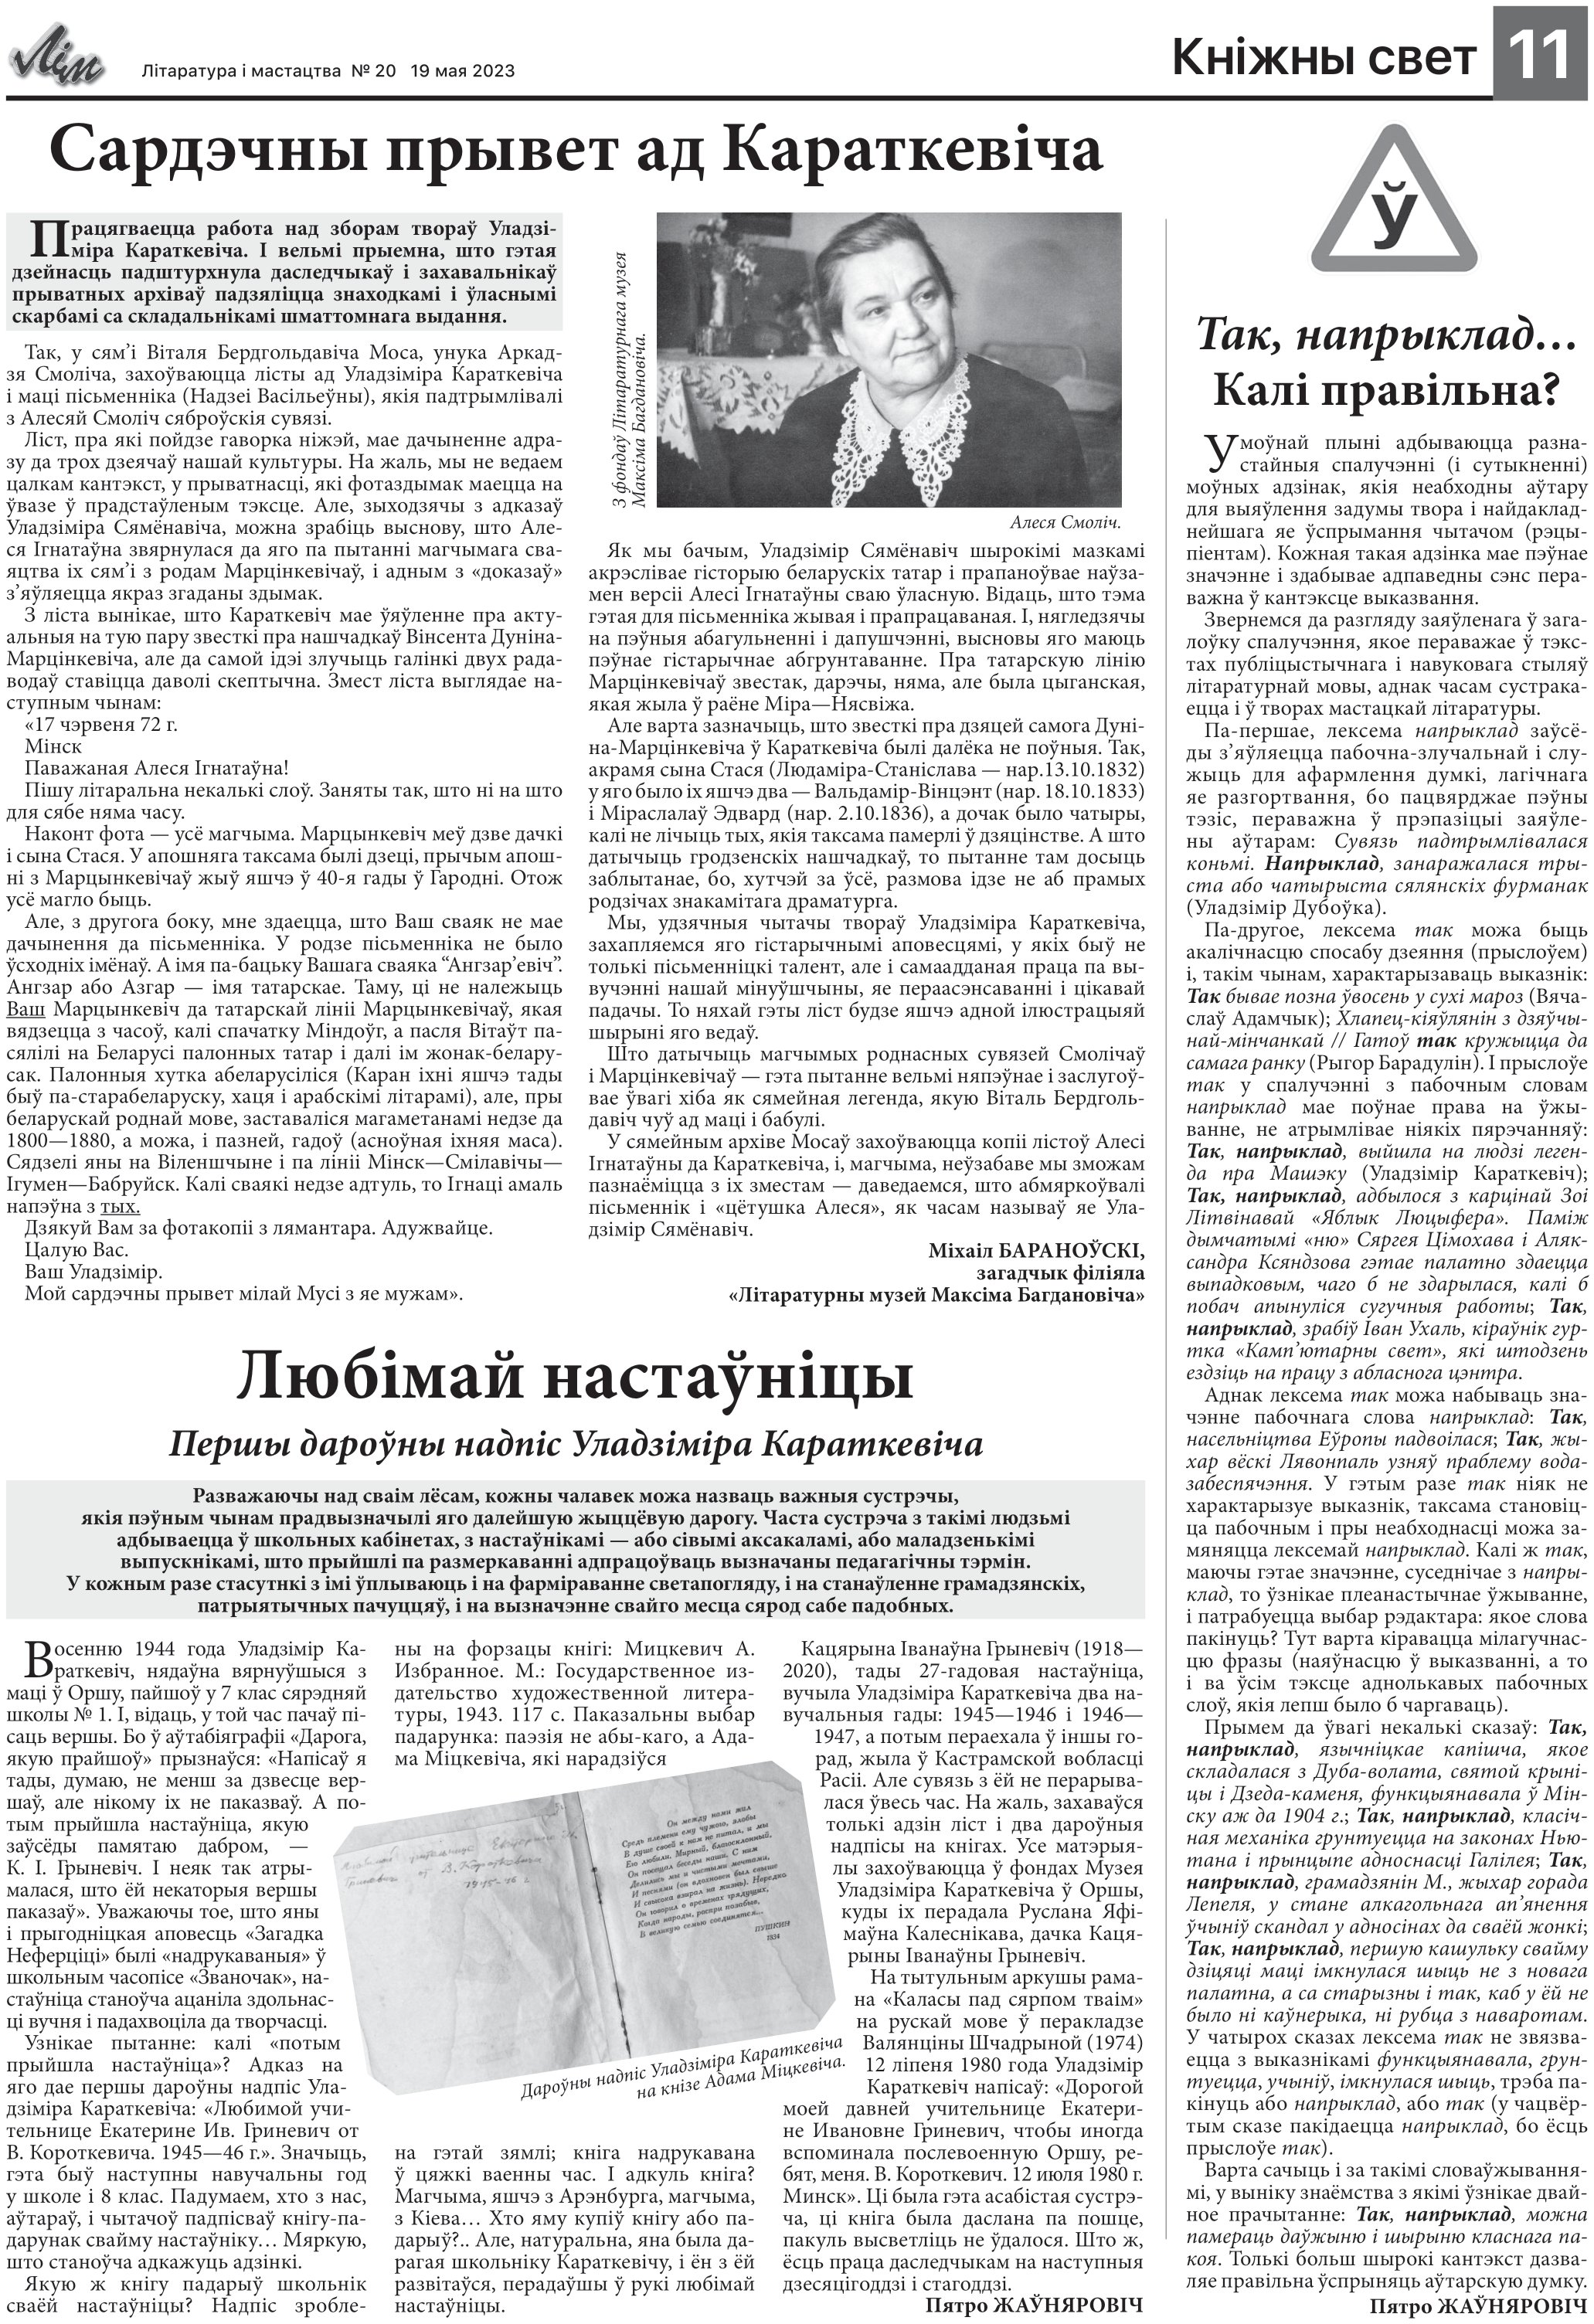
Language: be